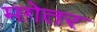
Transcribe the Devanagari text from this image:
मग़ेतर